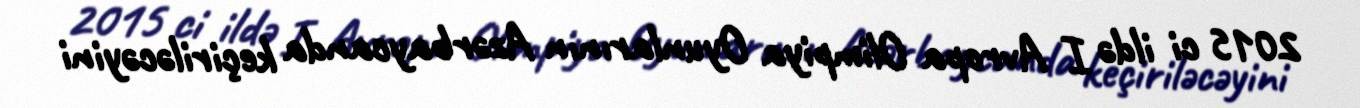
2015 ci ildə I Avropa Olimpiya Oyunlarının Azərbaycanda keçiriləcəyini